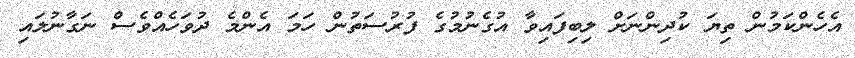
އެހެންކަމުން ތިޔަ ކުދިންނަށް ލިބިފައިވާ އުގެނުމުގެ ފުރުސަތުން ހަމަ އެންމެ ދުވަހެއްވެސް ނަގާނުލައި